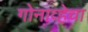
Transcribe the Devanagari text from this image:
गोनाव्हेचा